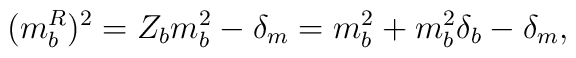
(m_b^R)^2 = Z_b m_b^2 - \delta_m= m_b^2 + m_b^2 \delta_b - \delta_m ,